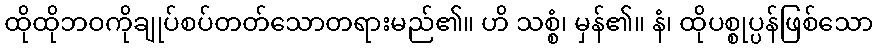
ထိုထိုဘဝကိုချုပ်စပ်တတ်သောတရားမည်၏။ ဟိ သစ္စံ၊ မှန်၏။ နံ၊ ထိုပစ္စုပ္ပန်ဖြစ်သော